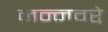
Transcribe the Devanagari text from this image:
नन्नवरे